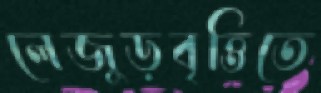
লেজুড়বৃত্তিতে